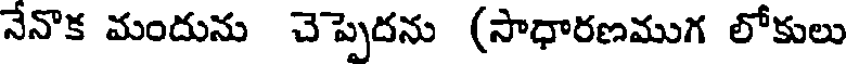
నేనొక మందును చెప్పెదను (సాధారణముగ లోకులు